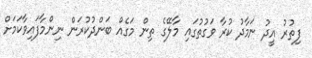
ފިތުރު އީދު ނަމާދު ކުރާ ވަގުތުގައި މާލޭގެ ތިން މަގެއް ބަންދުކުރަން ނިންމާފައިވާކަމަށް